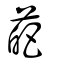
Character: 葩